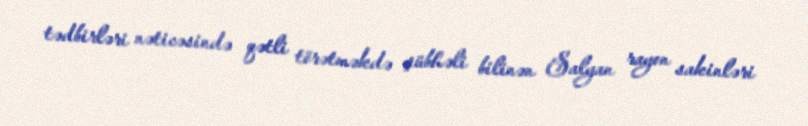
tədbirləri nəticəsində qətli törətməkdə şübhəli bilinən Salyan rayon sakinləri